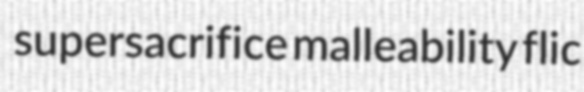
supersacrifice malleability flic